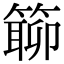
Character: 𥲊